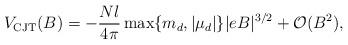
LaTeX: \begin{align*}V_{\rm CJT}(B)= -\frac{N l}{4\pi}\max\{m_d, |\mu_d|\}|eB|^{3/2}+{\cal O}(B^2),\end{align*}